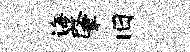
诲肇旧